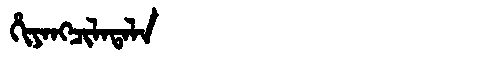
Manchu: ᡥᡳᠶᠠᠩᠴᡳᠯᠠᡨᠠᠯᠠ
Romanization: HIYANGCILATALA